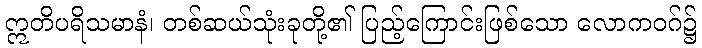
ဣတိပရိသမာနံ၊ တစ်ဆယ်သုံးခုတို့၏ ပြည့်ကြောင်းဖြစ်သော လောကဝဂ်၌